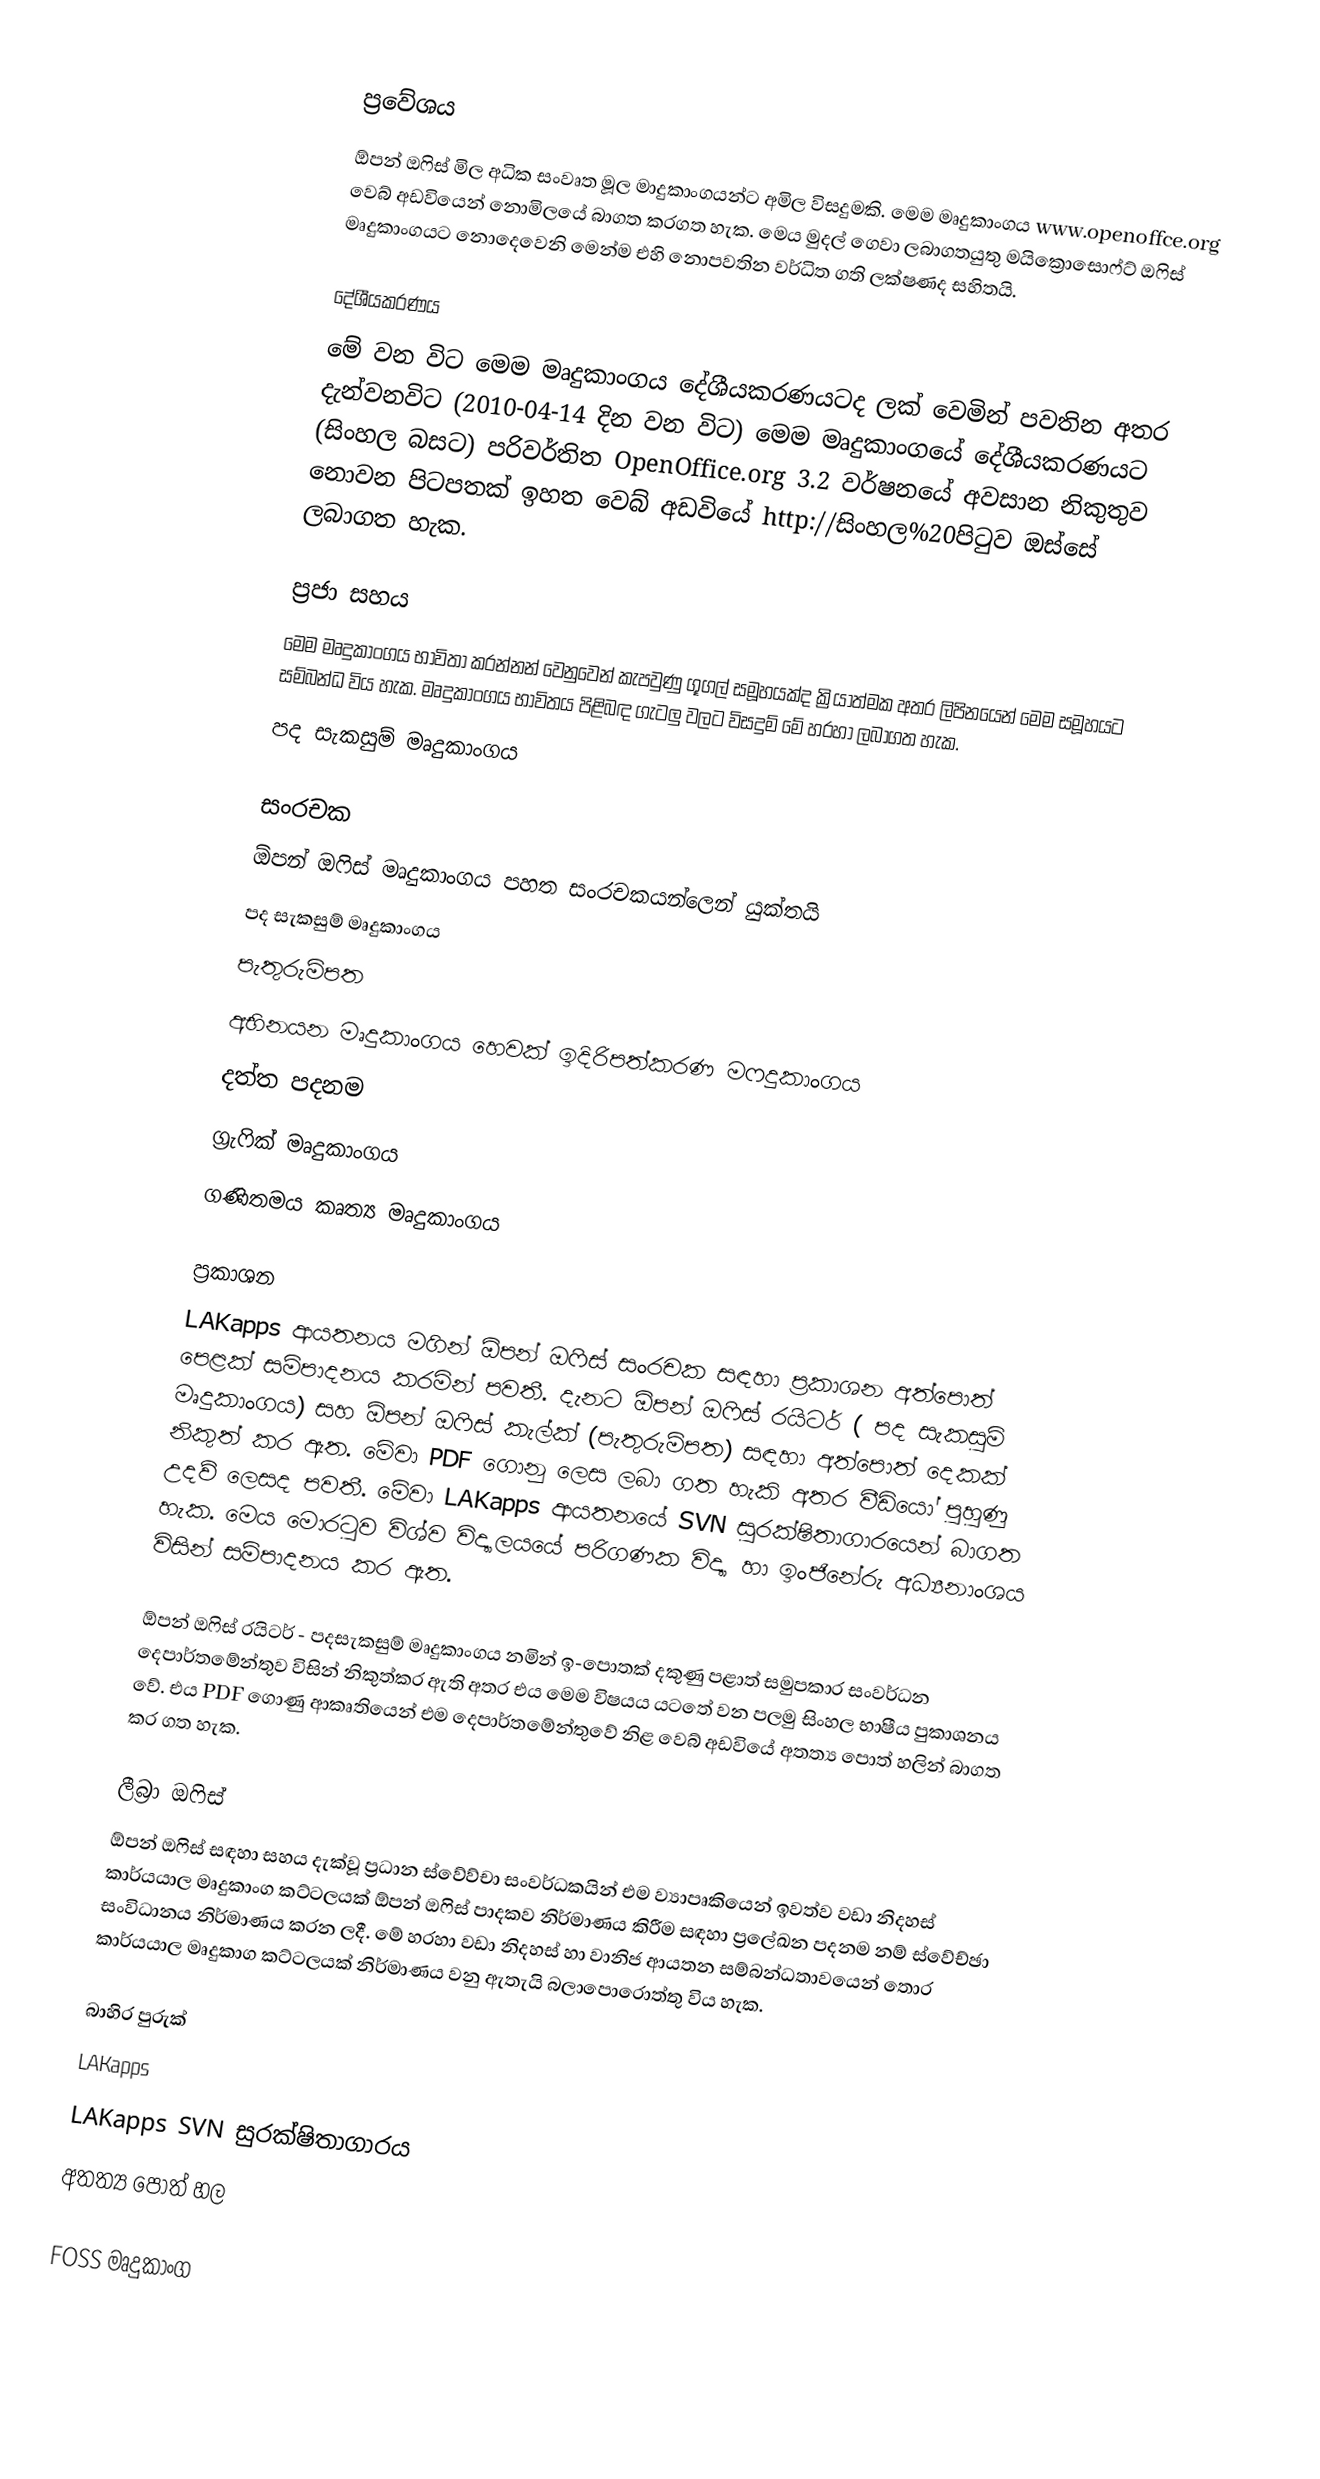

ප්‍රවේශය
ඕපන් ඔෆිස් මිල අධික සංවෘත මූල මාදුකාංගයන්ට අමිල විසදුමකි. මෙම මෘදුකාංගය www.openoffce.org වෙබ් අඩවියෙන් නොමිලයේ බාගත කරගත හැක. මෙය මුදල් ගෙවා ලබාගතයුතු මයික්‍රොසොෆ්ට් ඔෆිස් මෘදුකාංගය‍ට නොදෙවෙනි මෙන්ම එහි නොපවතින වර්ධිත ගති ලක්ෂණද සහිතයි.

දේශීයකරණය
මේ වන විට මෙම මෘදුකාංගය දේශීයකරණයටද ලක් වෙමින් පවතින අතර දැන්වනවිට (2010-04-14 දින වන විට) මෙම මෘදුකාංගයේ දේශීයකරණයට (සිංහල බසට) පරිවර්තිත OpenOffice.org 3.2 වර්ෂනයේ අවසාන නිකුතුව නොවන පිටපතක් ඉහත වෙබ් අඩවියේ http://සිංහල%20පිටුව ඔස්සේ ලබාගත හැක.

ප්‍රජා සහය
මෙම මෘදුකාංගය භාවිතා කරන්නන් වෙනුවෙන් කැපවුණු ගූගල් සමූහයක්ද ක්‍රියාත්මක අතර     ලිපිනයෙන් මෙම සමූහයට සම්බන්ධ විය හැක. මෘදුකාංගය භාවිතය පිළිබඳ ගැටලු වලට විසදුම් මේ හරහා ලබාගත හැක.
 පද සැකසුම් මෘදුකාංගය

සංරචක
ඕපන් ඔෆිස් මෘදුකාංගය පහත සංරචකයන්ලෙන් යුක්තයි
 පද සැකසුම් මෘදුකාංගය
 පැතුරුම්පත
 අභිනයන මෘදුකාංගය හෙවක් ඉදිරිපත්කරණ මෆදුකාංගය
 දත්ත පදනම
 ග්‍රැෆික් මෘදුකාංගය
 ගණිතමය කෘත්‍ය මෘදුකාංගය

ප්‍රකාශන
LAKapps ආයතනය මගින් ඕපන් ඔෆිස් සංරචක සඳහා ප්‍රකාශන අත්පොත් පෙළක් සම්පාදනය කරමින් පවතී. දැනට ඕපන් ඔෆිස් රයිටර් ( පද සැකසුම් මෘදුකාංගය) සහ ඕපන් ඔෆිස් කැල්ක් (පැතුරුම්පත) සඳහා අත්පොත් දෙකක් නිකුත් කර ඇත. මේවා PDF ගොනු ලෙස ලබා ගත හැකි අතර වීඩියෝ පුහුණු උදව් ලෙසද පවතී. මේවා LAKapps ආයතනයේ SVN සුරක්ෂිතාගාරයෙන් බාගත හැක. මෙය මොරටුව විශ්ව විද්‍යාලයයේ පරිගණක විද්‍යා හා ඉංජිනේරු අධ්‍යනාංශය විසින් සම්පාදනය කර ඇත.

ඕපන් ඔෆිස් රයිටර් - පදසැකසුම් මෘදුකාංගය නමින් ඉ-පොතක් දකුණු පළාත් සමුපකාර සංවර්ධන දෙපාර්තමේන්තුව විසින් නිකුත්කර ඇති අතර එය මෙම විෂයය යටතේ වන පලමු සිංහල භාෂීය පුකාශනය වේ. එය PDF ගොණු ආකෘතියෙන් එම දෙපාර්තමේන්තුවේ නිළ වෙබ් අඩවියේ අතත්‍ය පොත් හලින් බාගත කර ගත හැක.

ලීබ්‍රා ඔෆිස්
ඕපන් ඔෆිස් සඳහා සහය දැක්වූ ප්‍රධාන ස්වේව්චා සංවර්ධකයින් එම ව්‍යාපෘකියෙන් ඉවත්ව වඩා නිදහස් කාර්යයාල මෘදුකාංග කට්ටලයක් ඕපන් ඔෆිස් පාදකව නිර්මාණය කිරීම සඳහා ප්‍රලේඛන පදනම නම් ස්වේච්ඡා සංවිධානය නිර්මාණය කරන ලදී. මේ හරහා වඩා‍ නිදහස් හා වානිජ ආයතන සම්බන්ධතාවයෙන් තොර කාර්යයාල මෘදුකාග කට්ටලයක් නිර්මාණය වනු ඇතැයි බලාපොරොත්තු විය හැක.

බාහිර පුරුක්
 LAKapps
  LAKapps SVN සුරක්ෂිතාගාරය
 අතත්‍ය පොත් හල

FOSS මෘදුකාංග